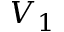
V _ { 1 }